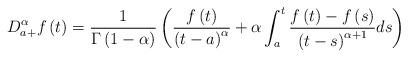
LaTeX: \begin{align*}D_{a+}^{\alpha }f\left( t\right) =\frac{1}{\Gamma \left( 1-\alpha \right) }\left( \frac{f\left( t\right) }{\left( t-a\right) ^{\alpha }}+\alpha\int_{a}^{t}\frac{f\left( t\right) -f\left( s\right) }{\left( t-s\right)^{\alpha +1}}ds\right) \end{align*}